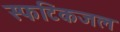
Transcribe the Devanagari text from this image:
स्फटिकजल